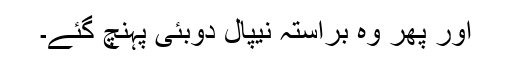
اور پھر وہ براستہ نیپال دوبئی پہنچ گئے۔